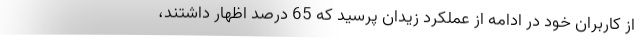
از کاربران خود در ادامه از عملکرد زیدان پرسید که 65 درصد اظهار داشتند،